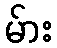
မ်ား